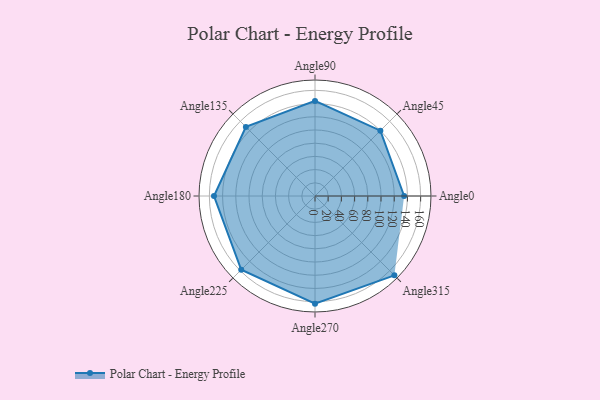
{"axis": {"x": "Angle", "y": "Radius"}, "legend": [""], "data": [{"x": "Angle0", "y": 135.0, "type": ""}, {"x": "Angle45", "y": 140.0, "type": ""}, {"x": "Angle90", "y": 144.0, "type": ""}, {"x": "Angle135", "y": 148.0, "type": ""}, {"x": "Angle180", "y": 153.0, "type": ""}, {"x": "Angle225", "y": 158.0, "type": ""}, {"x": "Angle270", "y": 163.0, "type": ""}, {"x": "Angle315", "y": 170, "type": ""}]}